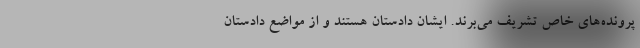
پرونده‌های خاص تشریف می‌برند. ایشان دادستان هستند و از مواضع دادستان